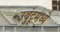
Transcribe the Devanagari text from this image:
उबुंटूमध्ये